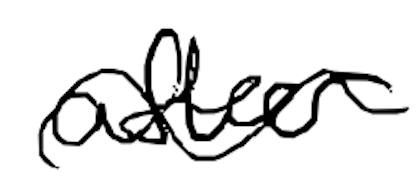
Text: after
Cross-out: wave
Writing tool: digital_black